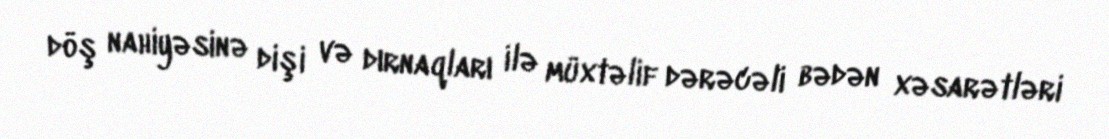
döş nahiyəsinə dişi və dırnaqları ilə müxtəlif dərəcəli bədən xəsarətləri